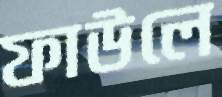
ফাউলে